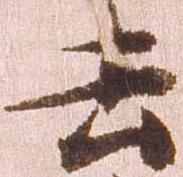
去